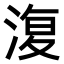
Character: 𣸪